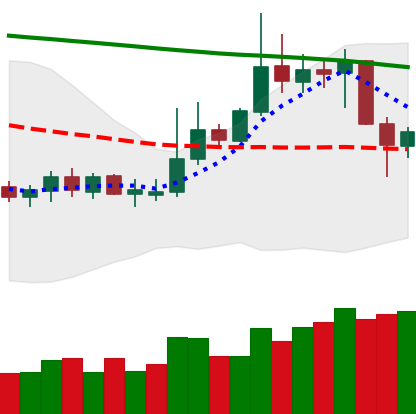
Ticker: DOGE-USD
Chart end date: 2019-10-24
Forward return: 4.61%
Label: up_3_5